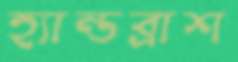
হ্যান্ডব্রাশ